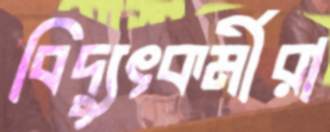
বিদ্যুৎকর্মীরা